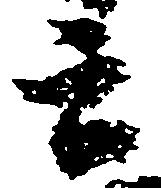
言